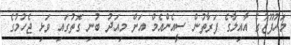
މަހުފޫޒުގެ އާއިލާގެ ފަރާތުން ސީއެންއެމް އަށް މިއަދު ބުނި ގޮތުގައި ވަޅި ޖެހުމުގެ